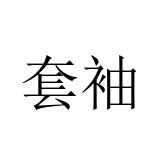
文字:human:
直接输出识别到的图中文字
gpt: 套袖